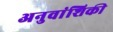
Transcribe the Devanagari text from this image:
अनुवांशिकी